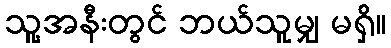
သူ့အနီးတွင် ဘယ်သူမျှ မရှိ။